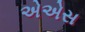
એએસ